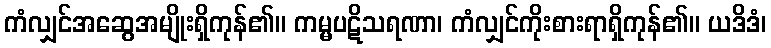
ကံလျှင်အဆွေအမျိုးရှိကုန်၏။ ကမ္မပဋိသရဏာ၊ ကံလျှင်ကိုးစားရာရှိကုန်၏။ ယဒိဒံ၊